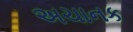
અચાનક